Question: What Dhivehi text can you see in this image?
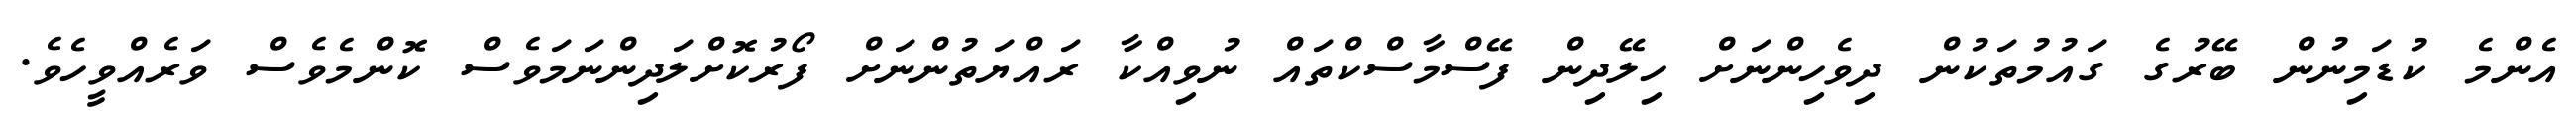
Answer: އެންމެ ކުޑަމިނުން ބޭރުގެ ގައުމުތަކުން ދިވެހިންނަށް ހިލޭދިން ފޭސްމާސްކްތައް ނުވިއްކާ ރައްޔަތުންނަށް ފޯރުކޮށްލަދިންނަމަވެސް ކޮންމެވެސް ވަރެއްވީހެވެ.